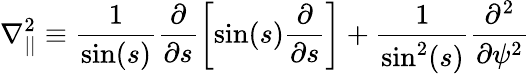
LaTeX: \nabla_{||}^{2}\equiv\frac{1}{\sin(s)}\frac{\partial}{\partial s}\left[\sin(s)\frac{\partial}{\partial s}\right]+\frac{1}{\sin^{2}(s)}\frac{\partial^{2}}{\partial\psi^{2}}